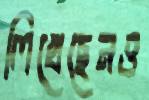
লিখেছেনও